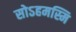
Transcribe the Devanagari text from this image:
सोऽहमस्मि